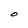
Character: O